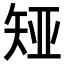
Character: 𪿊